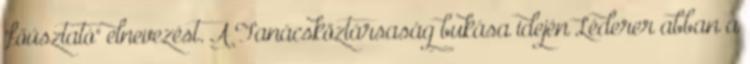
"főúsztató" elnevezést. A Tanácsköztársaság bukása idején Léderer abban a